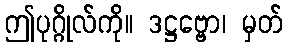
ဤပုဂ္ဂိုလ်ကို။ ဒဋ္ဌဗ္ဗော၊ မှတ်